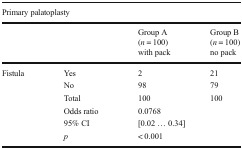
<table><thead><tr><td colspan="4"><b>Primary palatoplasty</b></td></tr><tr><td colspan="2"></td><td><b>Group A (<i>n</i> = 100)with pack</b></td><td><b>Group B(<i>n</i> = 100)no pack</b></td></tr></thead><tbody><tr><td rowspan="3">Fistula</td><td>Yes</td><td>2</td><td>21</td></tr><tr><td>No</td><td>98</td><td>79</td></tr><tr><td>Total</td><td>100</td><td>100</td></tr><tr><td></td><td>Odds ratio</td><td colspan="2">0.0768</td></tr><tr><td></td><td>95% CI</td><td colspan="2">[0.02 ... 0.34]</td></tr><tr><td></td><td><i>p</i></td><td colspan="2">&lt; 0.001</td></tr></tbody></table>